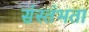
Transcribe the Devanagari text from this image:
संस्तंभता